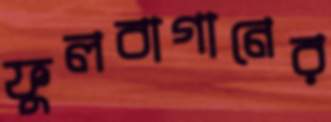
ফুলবাগানের